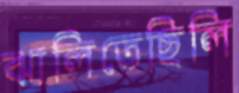
ঝালিতেছিলি